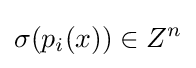
\sigma (p_{i}(x))\in Z^{n}